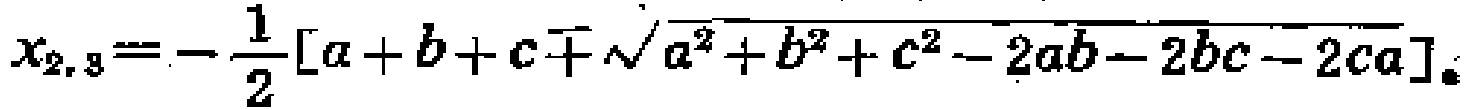
\(x_{2,3}=-\frac{1}{2}[a + b + c\mp\sqrt{a^{2}+b^{2}+c^{2}-2ab - 2bc - 2ca}]\)